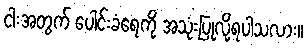
ငါးအတွက် ပေါင်းခံရေကို အသုံးပြုလို့ရပါသလား။